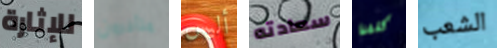
للإثارة متأخرون أليس سعادته كلفنا الشعب